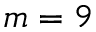
m = 9